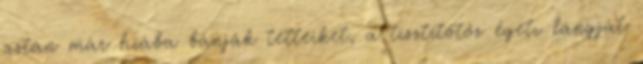
aztán már hiába bánják tetteiket, a tisztítótőz égetı lángját